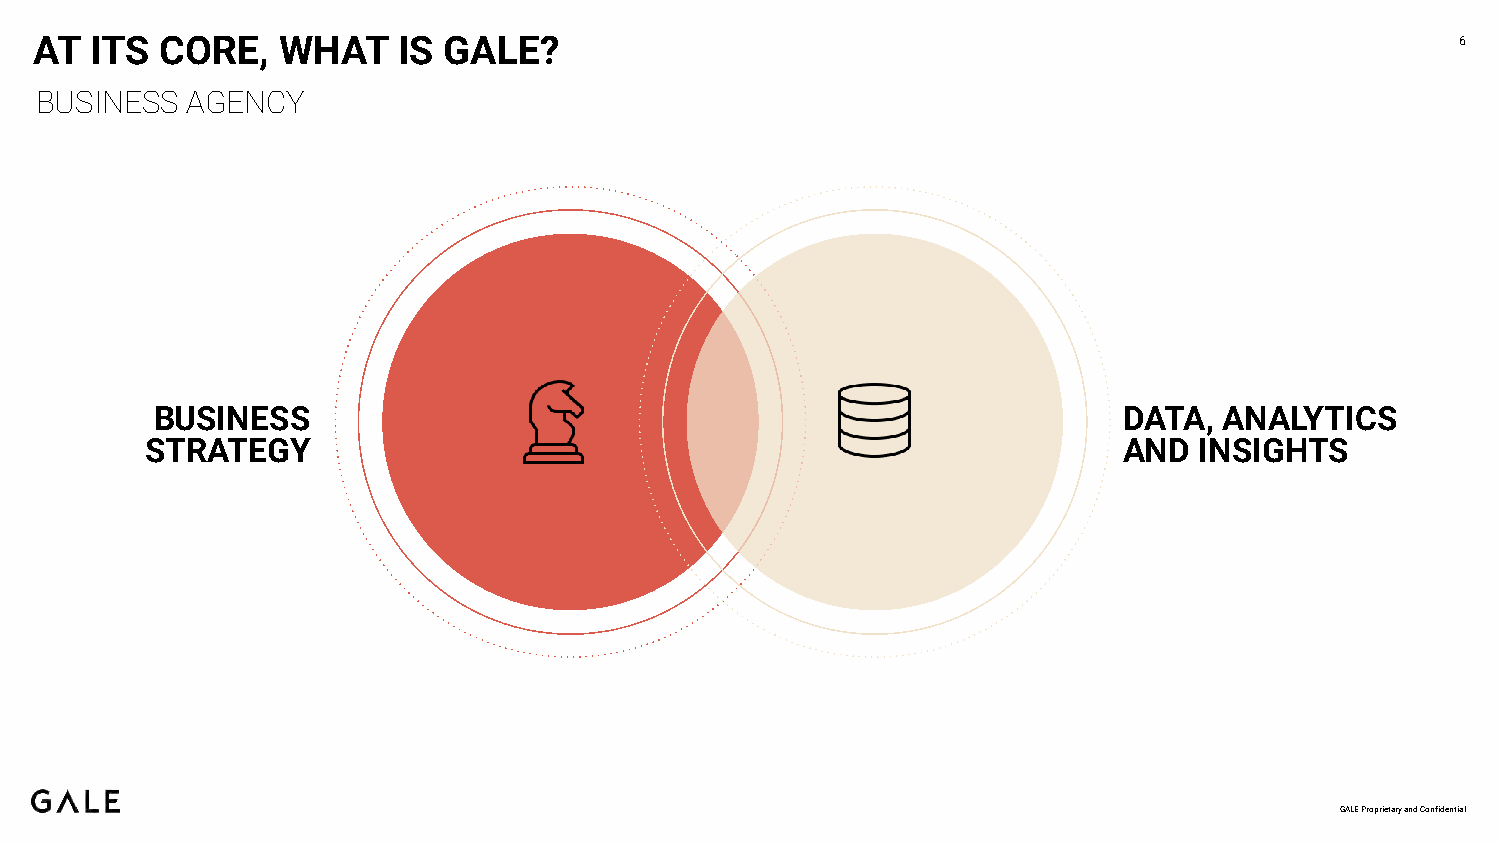
AT  ITS  CORE,  WHAT    IS GALE?                                                               6
 BUSINESS  AGENCY
 BUSINESS                                                        DATA,  ANALYTICS
 STRATEGY                                                        AND  INSIGHTS
 GALE Proprietary and Confidential